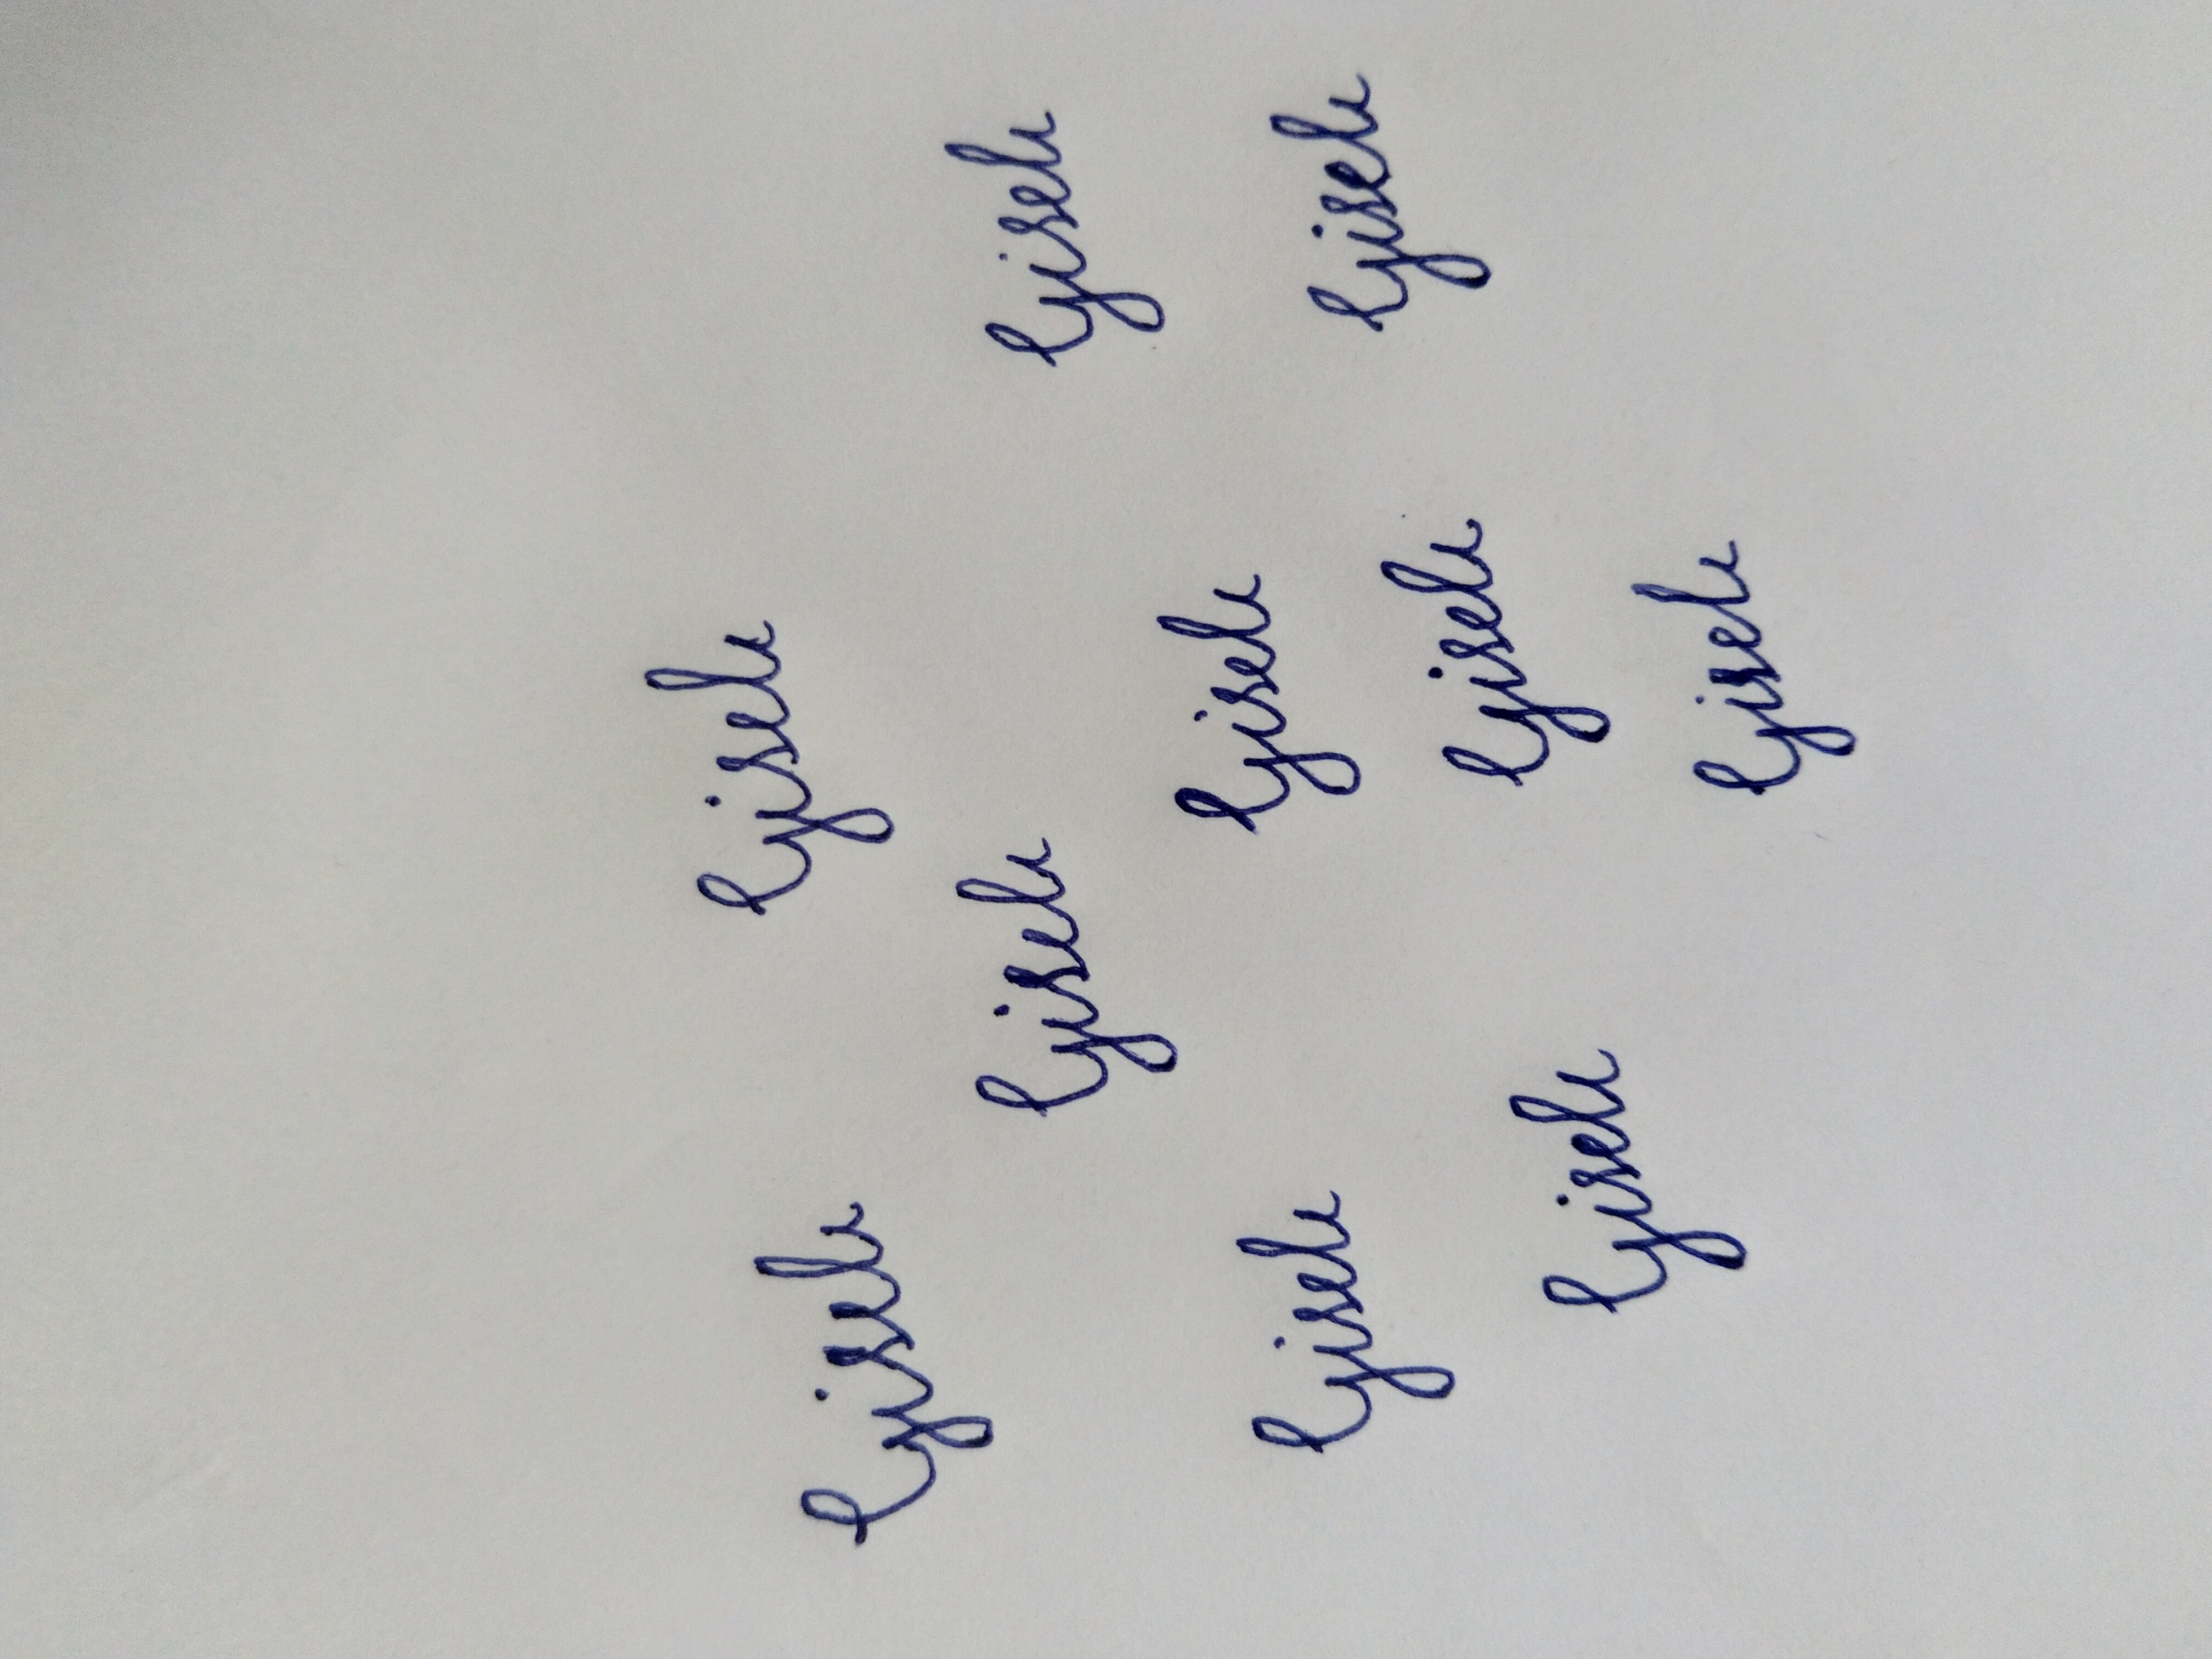
Signature authenticity: forged